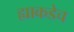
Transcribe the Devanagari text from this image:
ह्याकडेच